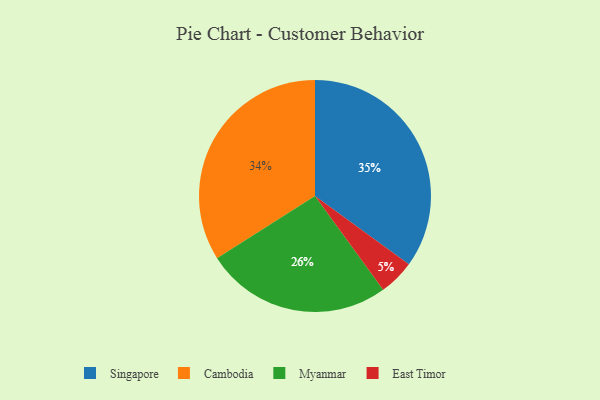
{"axis": {"x": "Category", "y": "Percentage"}, "legend": ["Cambodia", "East Timor", "Myanmar", "Singapore"], "data": [{"x": "East Timor", "y": 5, "type": "East Timor"}, {"x": "Myanmar", "y": 26, "type": "Myanmar"}, {"x": "Singapore", "y": 35, "type": "Singapore"}, {"x": "Cambodia", "y": 34, "type": "Cambodia"}]}